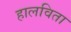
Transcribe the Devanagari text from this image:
हालविता